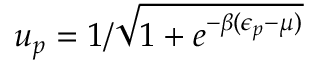
u _ { p } = 1 / \sqrt { 1 + e ^ { - \beta ( \epsilon _ { p } - \mu ) } }